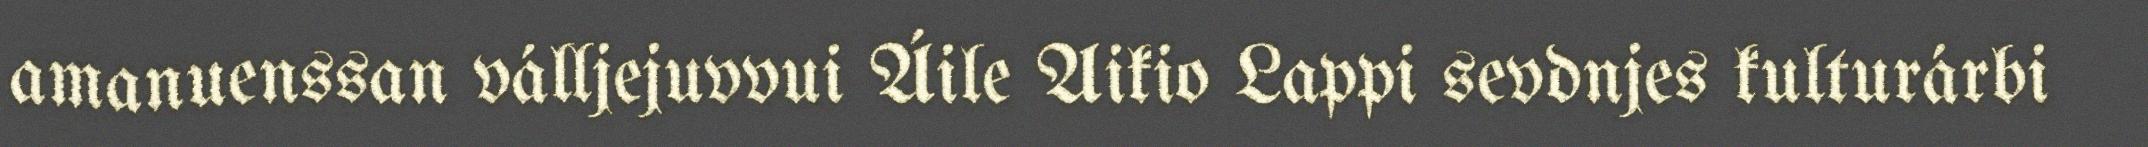
amanuenssan válljejuvvui Áile Aikio Lappi sevdnjes kulturárbi